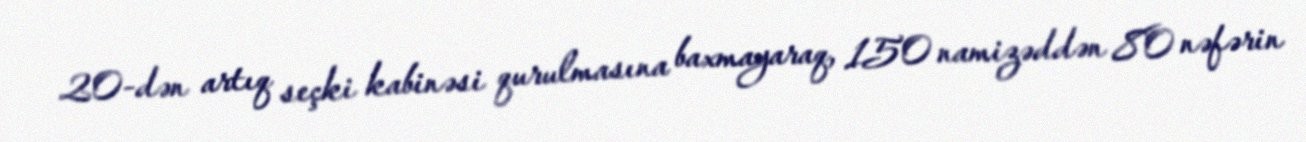
20-dən artıq seçki kabinəsi qurulmasına baxmayaraq, 150 namizəddən 80 nəfərin